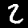
Digit: 2